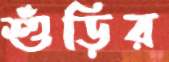
শুঁড়ির